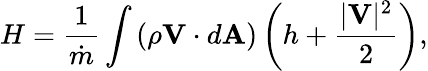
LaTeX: H={\frac{1}{\dot{m}}}\int\left({\rho\mathbf{V}\cdot d\mathbf{A}}\right)\left(h+{\frac{|\mathbf{V}|^{2}}{2}}\right),